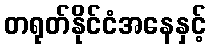
တရုတ်နိုင်ငံအနေနှင့်